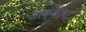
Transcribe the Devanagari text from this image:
डोक्यावर्